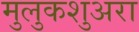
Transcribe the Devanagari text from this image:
मुलुकशुअरा